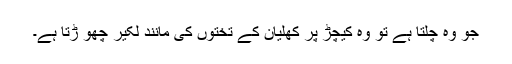
جو وہ چلتا ہے تو وہ کیچڑ پر کھلیان کے تختوں کی مانند لکیر چھو ڑتا ہے۔